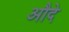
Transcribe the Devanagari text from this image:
औदे